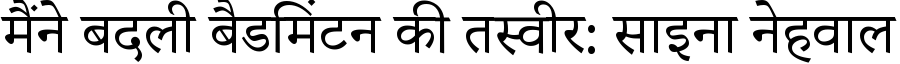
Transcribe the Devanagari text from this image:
मैंने बदली बैडमिंटन की तस्वीर: साइना नेहवाल